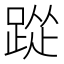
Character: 踨